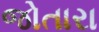
જોતારા